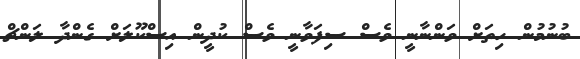
ބުނުމުން ހިތަށް ވަންނާނީ ވެސް ސިފަވާނީ ވެސް ކުދީން އިސްކޫލަށް ގެންދާ ލަންޗް